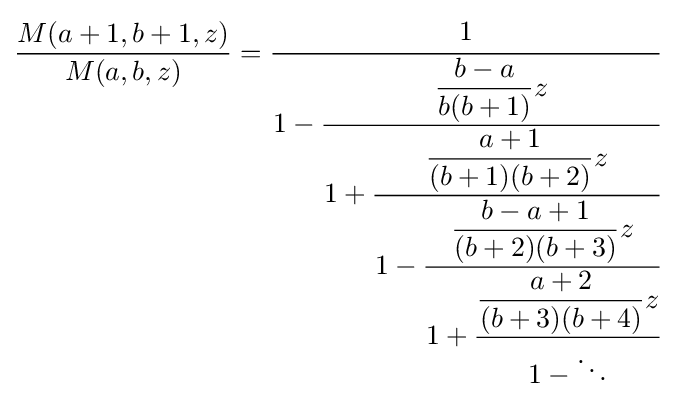
{\frac {M(a+1,b+1,z)}{M(a,b,z)}}={\cfrac {1}{1-{\cfrac {\displaystyle {\frac {b-a}{b(b+1)}}z}{1+{\cfrac {\displaystyle {\frac {a+1}{(b+1)(b+2)}}z}{1-{\cfrac {\displaystyle {\frac {b-a+1}{(b+2)(b+3)}}z}{1+{\cfrac {\displaystyle {\frac {a+2}{(b+3)(b+4)}}z}{1-\ddots }}}}}}}}}}